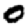
Digit: 0